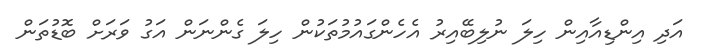
އަދި އިންޑިއާއިން ހިލަ ނުލިބޭއިރު އެހެންގައުމުތަކުން ހިލަ ގެންނަން އަގު ވަރަށް ބޮޑުތަން